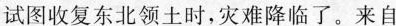
试图收复东北领土时，灾难降临了。来自